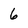
Character: 6